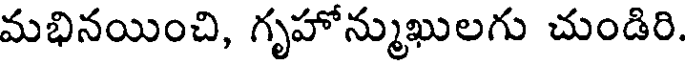
మభినయించి, గృహోన్ముఖులగు చుండిరి.